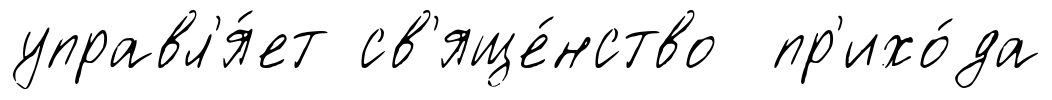
управл'я́ет св'яще́нство пр'ихо́да